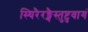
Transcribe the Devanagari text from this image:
स्थिरैरङ्गैस्तुष्टुवागं